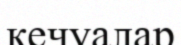
кечуалар